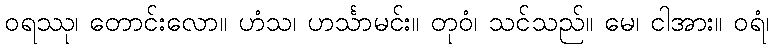
ဝရဿု၊ တောင်းလော။ ဟံသ၊ ဟင်္သာမင်း။ တုဝံ၊ သင်သည်။ မေ၊ ငါအား။ ဝရံ၊